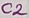
Text: C2